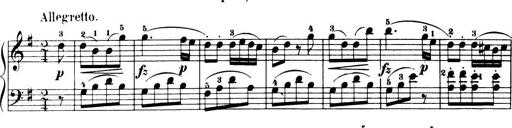
Title: 32 Sonatinas and Rondos for the Piano
Composer: Richard Kleinmichel